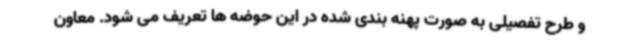
و طرح تفصیلی به صورت پهنه بندی شده در این حوضه ها تعریف می شود. معاون